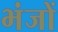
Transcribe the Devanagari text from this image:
भंजों